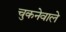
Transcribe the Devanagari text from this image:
चुकनेवाले